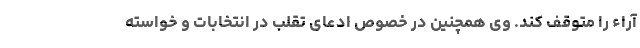
آراء را متوقف کند. وی همچنین در خصوص ادعای تقلب در انتخابات و خواسته